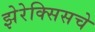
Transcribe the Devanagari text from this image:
झेरेक्सिसचे